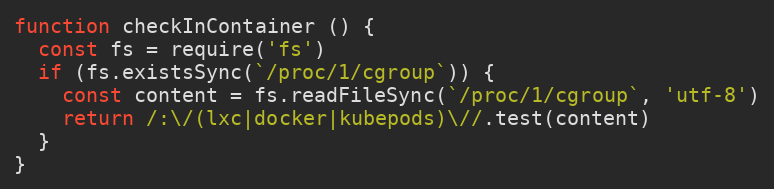
Language: JavaScript
function checkInContainer () {
  const fs = require('fs')
  if (fs.existsSync(`/proc/1/cgroup`)) {
    const content = fs.readFileSync(`/proc/1/cgroup`, 'utf-8')
    return /:\/(lxc|docker|kubepods)\//.test(content)
  }
}